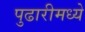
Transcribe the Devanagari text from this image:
पुढारीमध्ये